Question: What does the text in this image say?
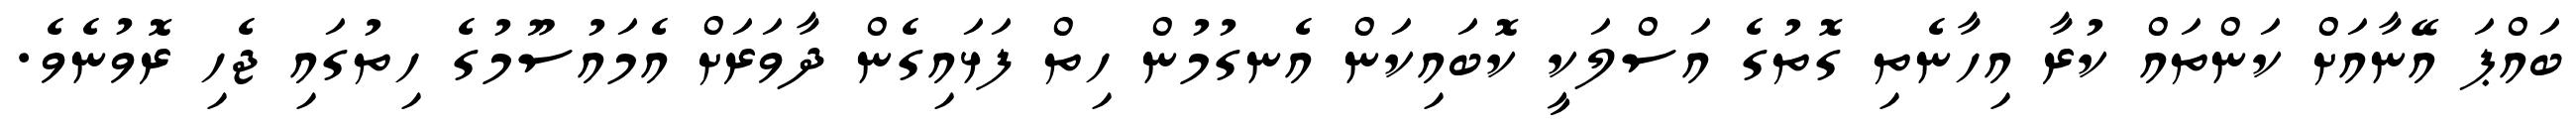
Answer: ބައްޕަ އޭނާއަށް ކަންތައް ކުރާ އިހާނެތި ގޮތުގެ އަސްލަކީ ކޮބައިކަން އެނގުމުން ހިތް ފަޅައިގެން ދާވަރަށް އެމައުސޫމުގެ ހިތުގައި ޖެހި ރޮވުނެވެ.